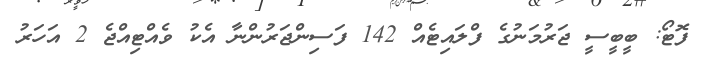
ފޮޓޯ: ބީބީސީ ޖަރުމަނުގެ ފްލައިޓެއް 142 ފަސިންޖަރުންނާ އެކު ވެއްޓިއްޖެ 2 އަހަރު